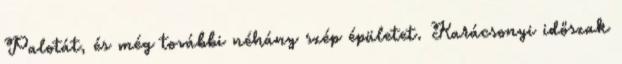
Palotát, és még további néhány szép épületet. Karácsonyi időszak